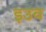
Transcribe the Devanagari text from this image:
इउव